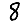
Digit: 8